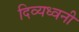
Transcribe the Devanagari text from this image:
दिव्यध्वनी